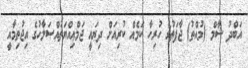
އަބްދު ޝާމް (މުއްތު) ޖާފަތުގެ ހުރިހާ ކަމެއް ކުރިއަށް ދިޔައީ ޖަމްޢިއްޔަތުއްޞަލާހުގެ އިޖުތިމާއީ